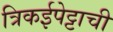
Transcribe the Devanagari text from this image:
त्रिकईपेट्टाची